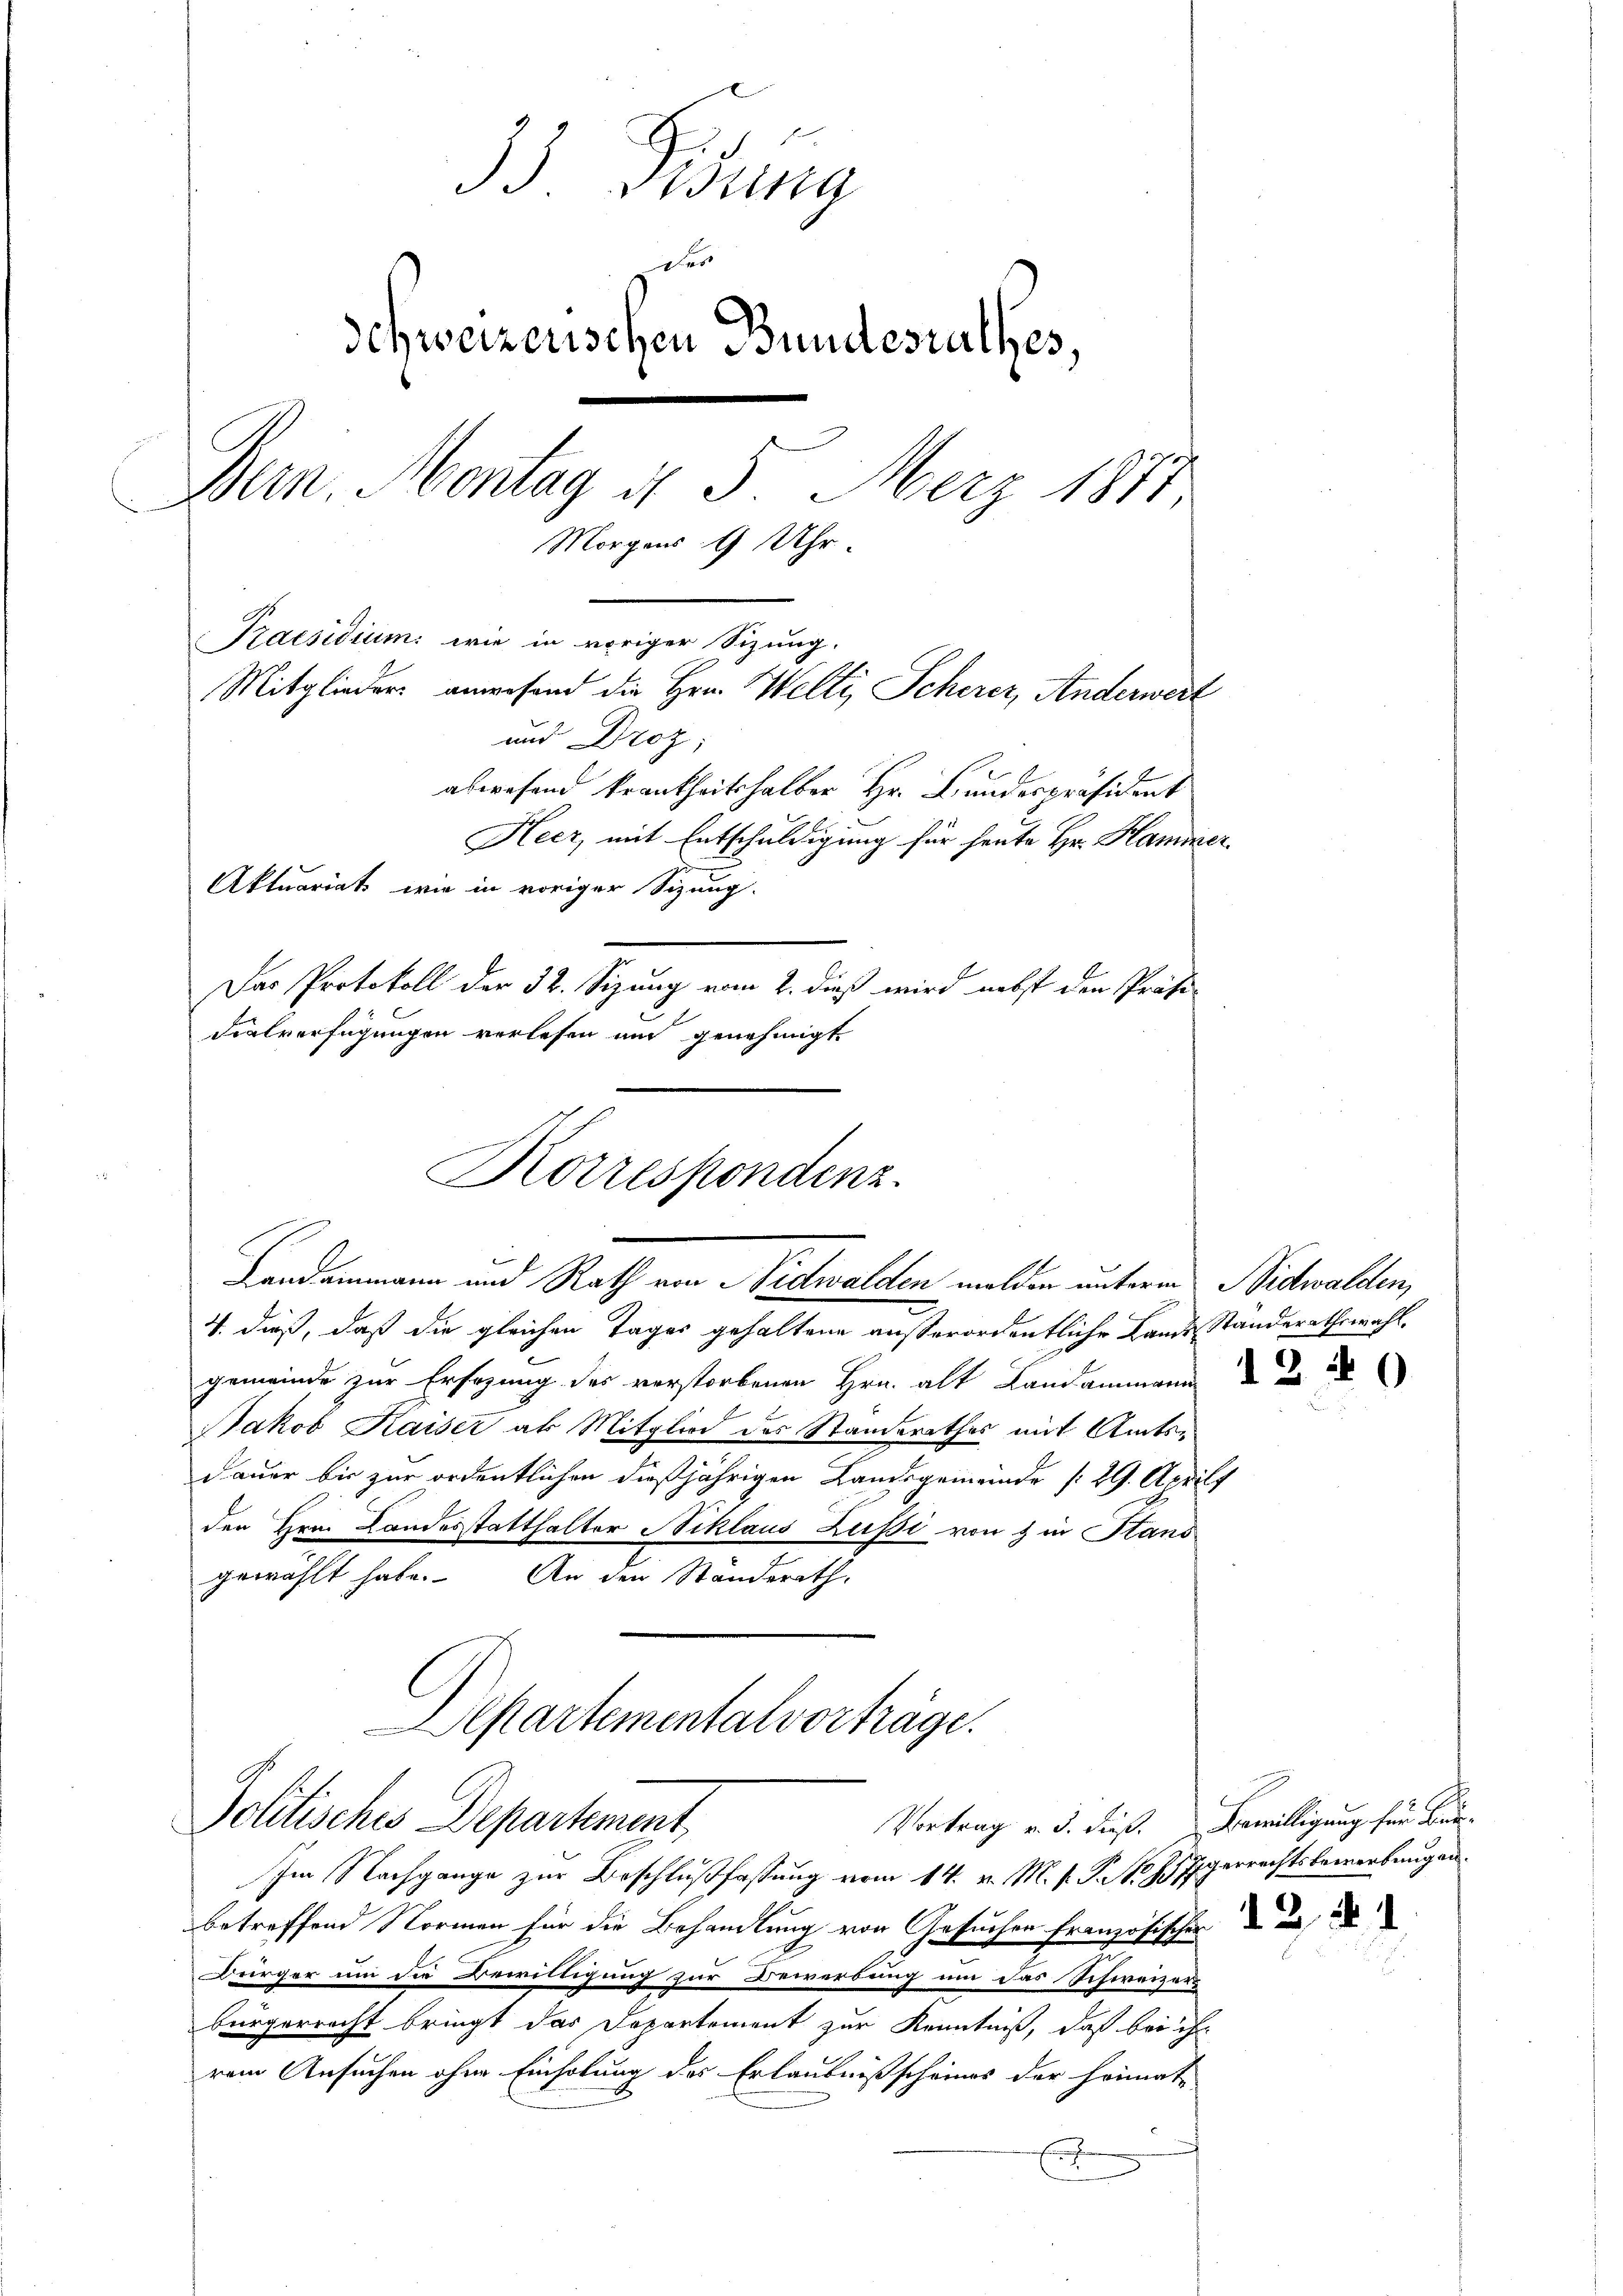
33 Vidung
e
schweizerischen Bundesrathes,
Bern. Montag d. 5. Merz 1877,
Morgens 9 Uhr.
Praesidium wie in voriger Sizung.
Mitglieders anwesend die Hrn. Welti, Scherer Anderwert
und Droz.

abwesend krankheitshalber Hr. Bundespräsident
Heer, mit Entschuldigung für heute Hr. Hamme
Aktuariats wie in voriger Sizung.
V. dieß, daß die gleichen Tages gehaltene außerordentliche Lande Standerathswahl.
gemeinde zur Ersezung der verstorbenen Hrn. alt Landammann d
Jakob Kaiser ab Mitglied des Standerathes mit Amts¬
Dauer bis zur ordentlichen dießjährigen Landsgemeinde /:29. April,
den Hrn. Landesstatthalter Niklaus Zusi von & in Stans
gewählt habe. An den Ständerath,
Alsartemental vorträge.
Jolitisches Departement,
Vortrag v. d. dieß. Bewilligung für Be
Im Nachgange zur Beschlußfassung vom 14. v. M. h. T. h. Piperrechtsbewerbungen
betreffend Normen für die Behandlung von Gesuchen Französischer
Bürger um die Bewilligung zur Bewerdung um das Schweizer
bürgerrecht bringt das Departement zur Kenntniß, daß bei ihr
rem Ansuchen ohne Einholung des Erlaubnißscheines der Heimat-
E

Das Protokoll der 32. Sizung vom 2. dieß wird nebst den Präsi-
dialverfügungen verlesen und genehmigt
Korrespondenz.
e
b
Landammann und Rath von Nidwalden melden unterm Nidwalden,

1

12 n 1